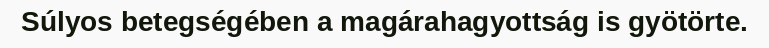
Súlyos betegségében a magárahagyottság is gyötörte.